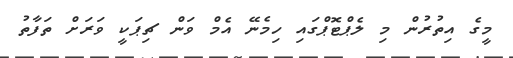
މީގެ އިތުރުން މި ލެޕްޓޮޕްގައި ހިމެނޭ އެމް ވަން ޗިޕަކީ ވަރަށް ތަފާތު